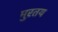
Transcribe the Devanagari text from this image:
मुरतय